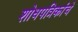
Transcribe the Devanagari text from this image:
शोधपत्रिकांचे